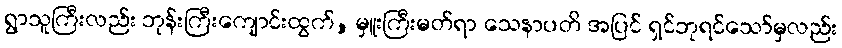
ရွာသူကြီးလည်း ဘုန်းကြီးကျောင်းထွက်, မှူးကြီးမတ်ရာ သေနာပတိ အပြင် ရှင်ဘုရင်သော်မှလည်း